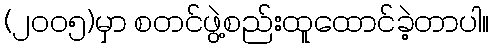
(၂၀၀၅)မှာ စတင်ဖွဲ့စည်းထူထောင်ခဲ့တာပါ။